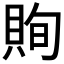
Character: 𧵣